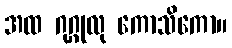
အထ ဂုဂ္ဂုလု ကောသိကော။